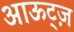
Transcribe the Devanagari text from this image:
आऊट्ज़